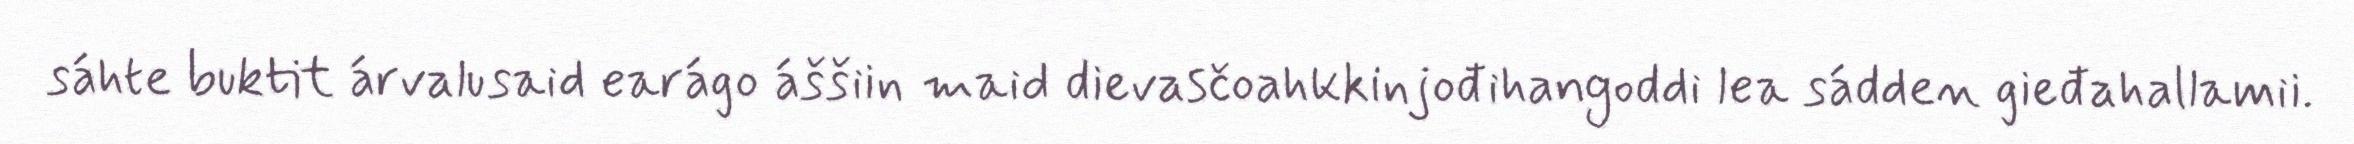
sáhte buktit árvalusaid earágo áššiin maid dievasčoahkkinjođihangoddi lea sádden gieđahallamii.